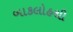
બાકલોહથી